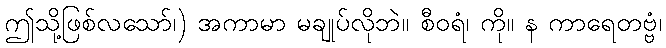
ဤသို့ဖြစ်လသော်၊) အကာမာ မချုပ်လိုဘဲ။ စီဝရံ၊ ကို။ န ကာရေတဗ္ဗံ၊